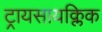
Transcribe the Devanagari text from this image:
ट्रायसायक्लिक